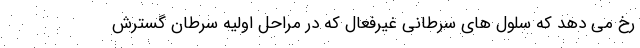
رخ می دهد که سلول های سرطانی غیرفعال که در مراحل اولیه سرطان گسترش